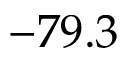
- 7 9 . 3